Bréfritari: Halldór Pétursson
Viðtakandi: Jón Borgfirðingur
Dagsetning: A-1854-10-29
Skrifað á: Illugastöðum í Fnjóskadal  S-Þing.

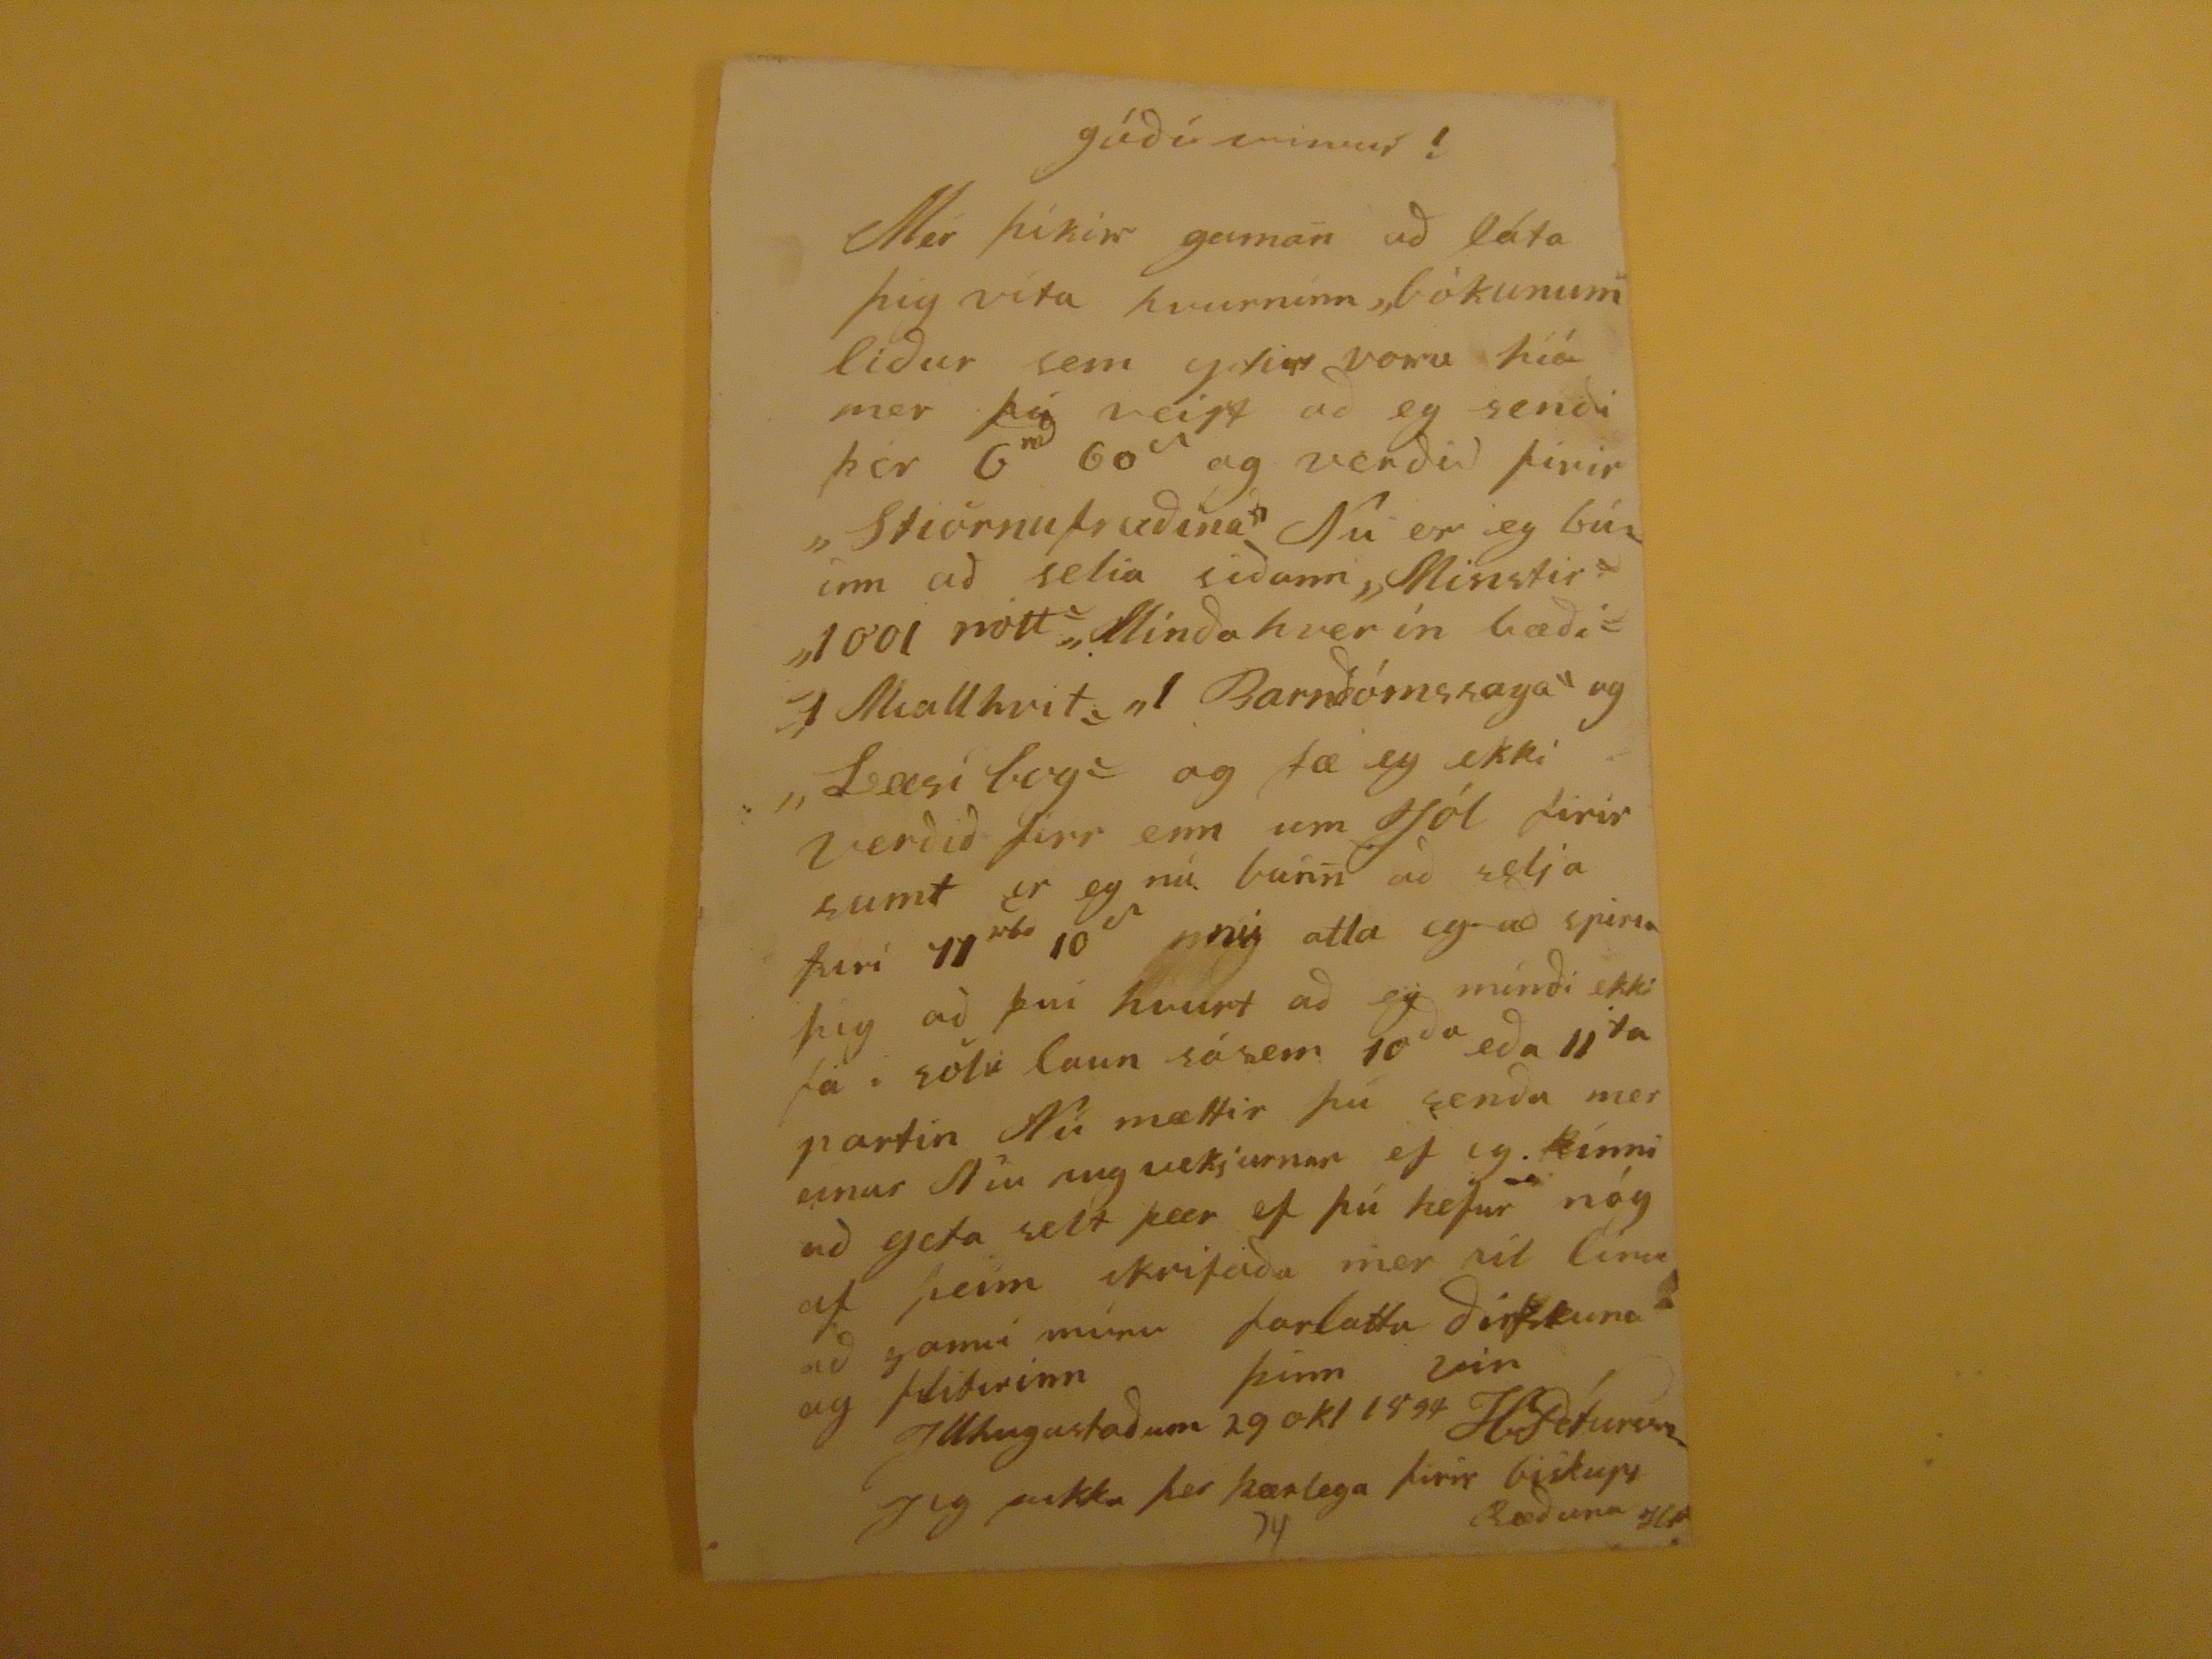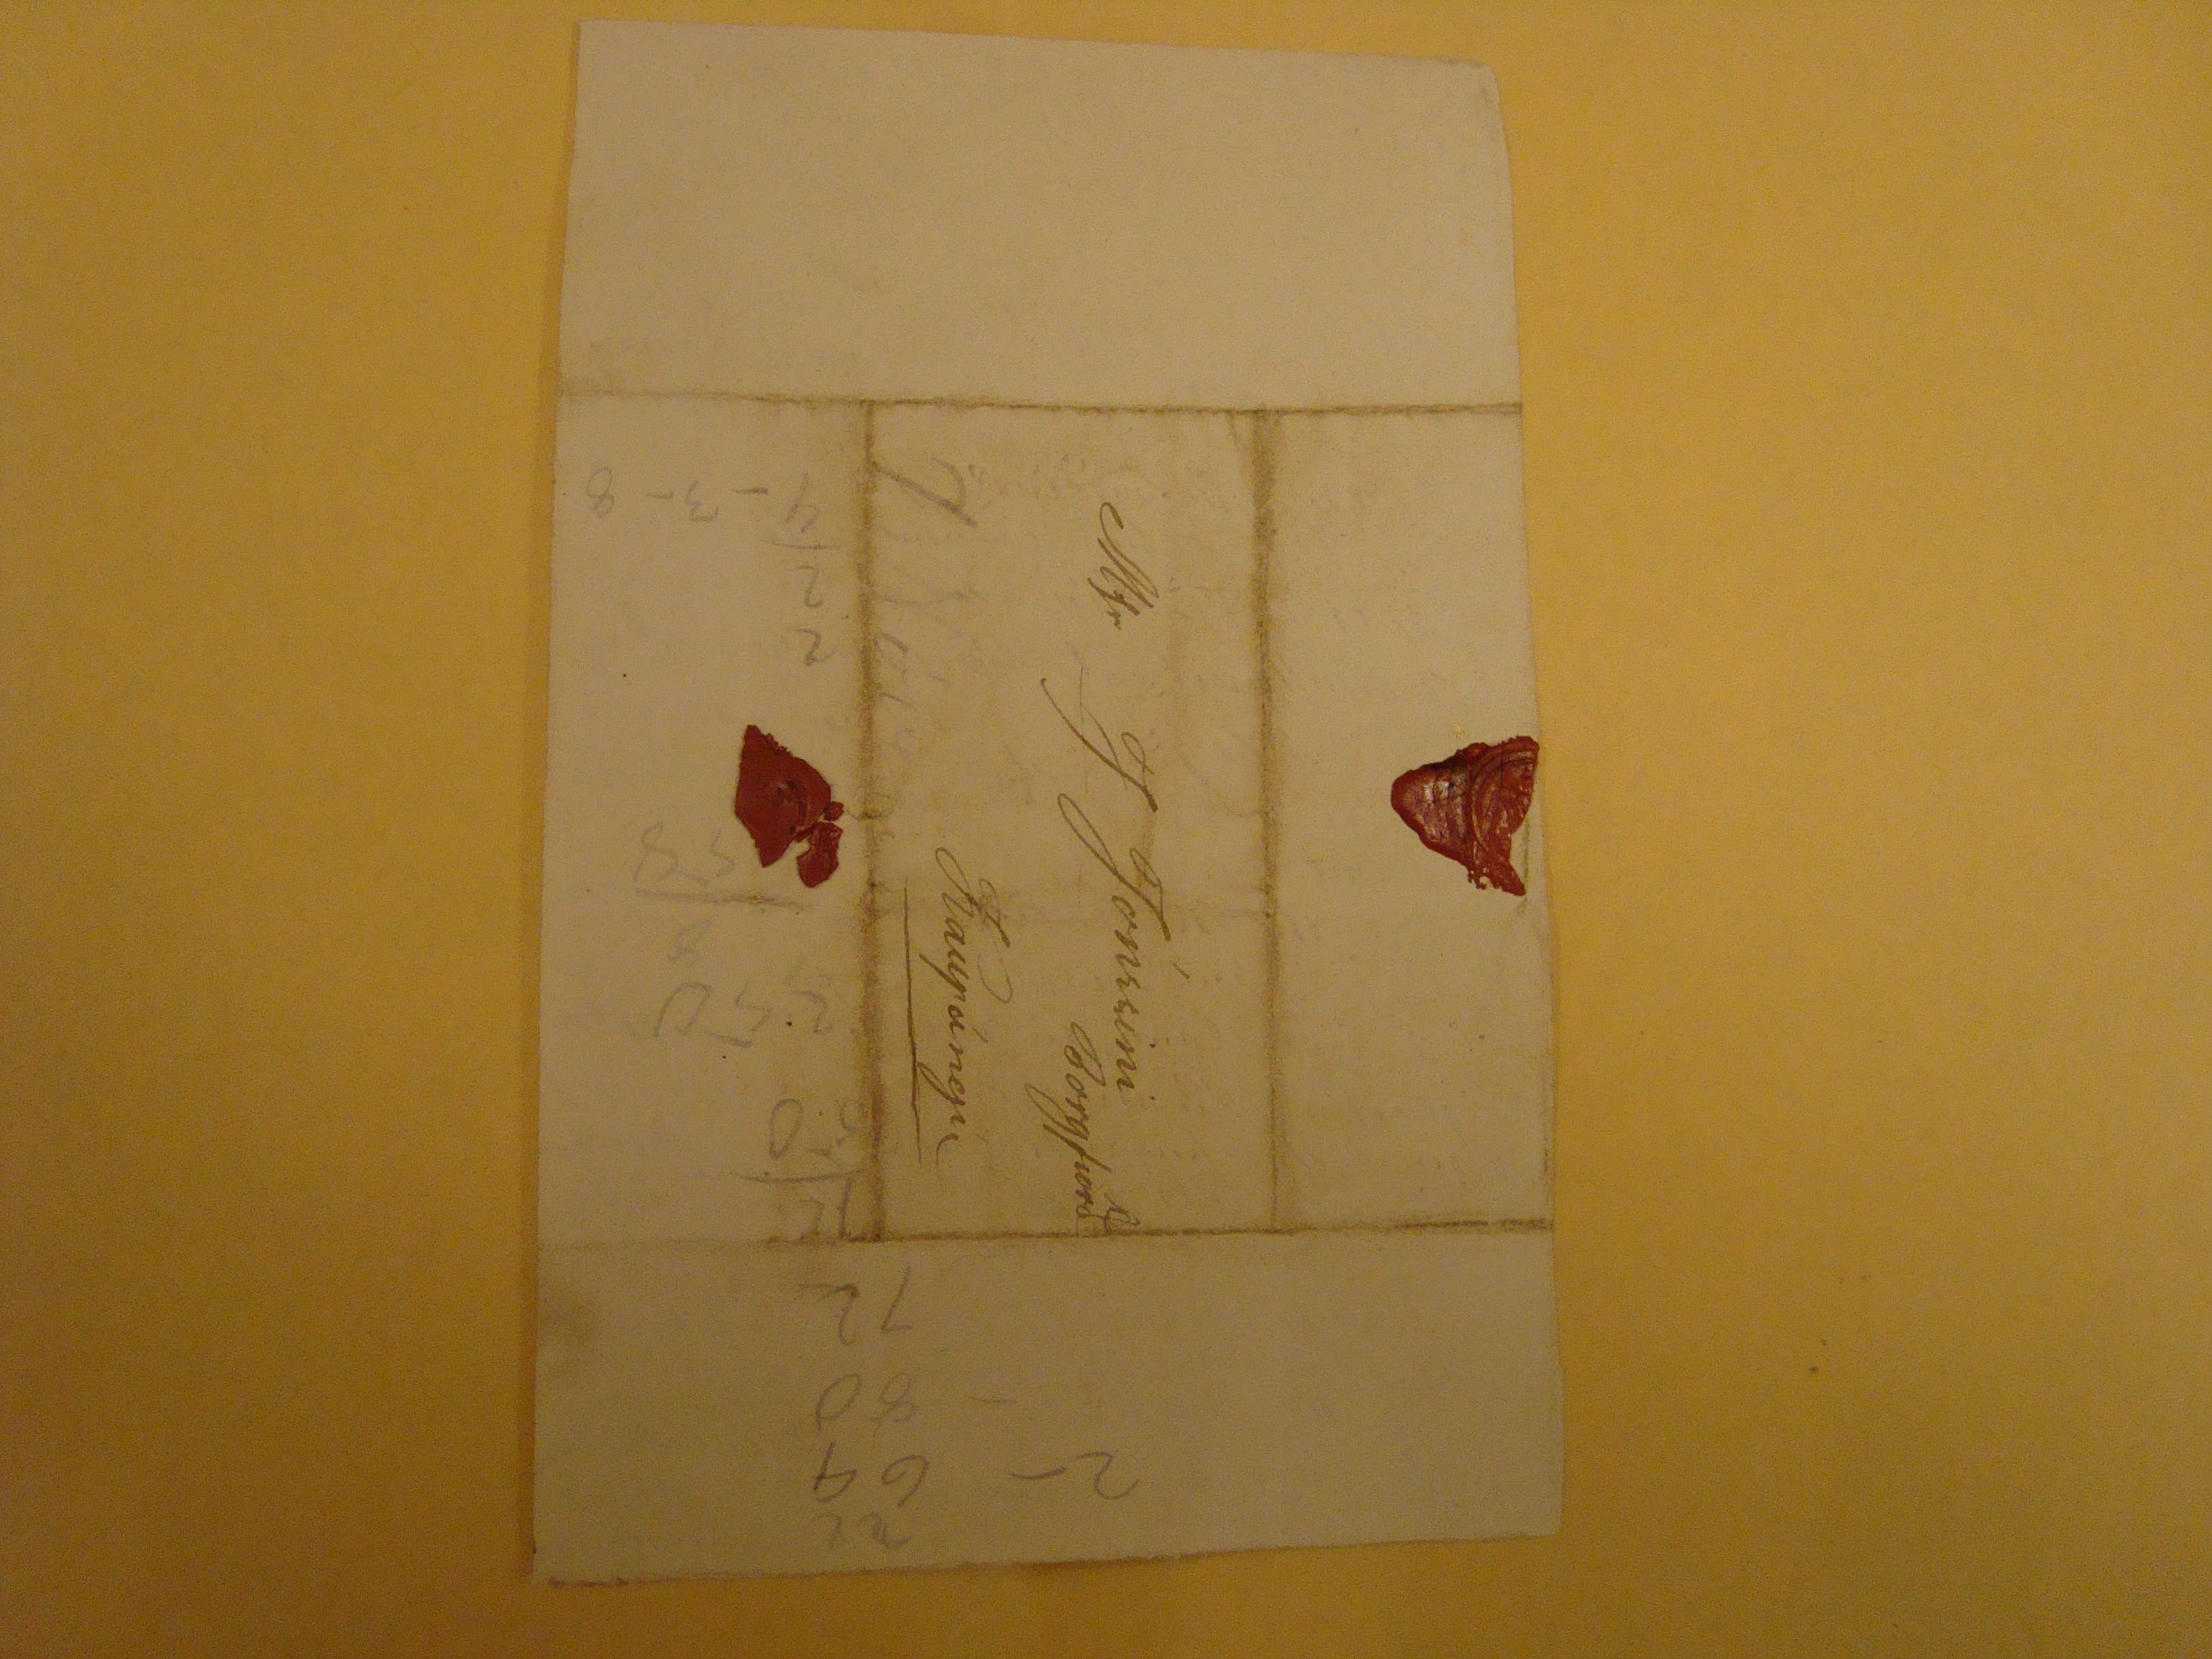

gódi vinur!
Mer þikir gaman ad láta þig vita hvurninn "bòkunum" lidur sem
gefin
voru hiá mer þú veist ad eg sendi þer 6 60 og verdid firir "Stiörnufrædina" Nu er eg búinn ad selia sidann "Missstir" "1001 nótt""Mindahverin bædi""1 miallhvit""1 Barndómssaga" og "Læsi bog" og fæ eg ekki verdid firr enn um jól firir sumt er eg nú búin ad selja firi 11
sk
10~ nú atla eg ad spiria þig ad þvi hvurt ad eg mindi ekki fa i sölu laun sásem 10 eda 11
ta
partin Nú mættir þú senda mer einar Níu hugvekjurnar ef eg kinni ad geta selt þær ef þú hefur nóg af þeim skrifadu mer víl línur ad gamni mínu forlattu dirsfskuna og
fliturinn
þinn vin H.Pétursson
Illhugastadum 29 okt 1854
jeg þakka þer kærlega firir biskups Ræduna HP
Msr. J Jonssini Borgfiörð
Kaupúngu